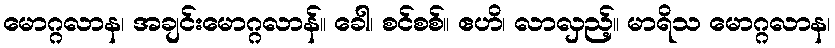
မောဂ္ဂလာန၊ အချင်းမောဂ္ဂလာန်။ ခေါ၊ စင်စစ်။ ဧဟိ၊ လာလှည့်။ မာရိသ မောဂ္ဂလာန၊